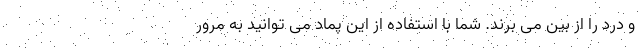
و درد را از بین می برند. شما با استفاده از این پماد می توانید به مرور